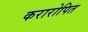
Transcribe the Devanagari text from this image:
करारोपित